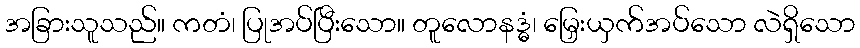
အခြားသူသည်။ ကတံ၊ ပြုအပ်ပြီးသော။ တူလောနဒ္ဓံ၊ မြှေးယှက်အပ်သော လဲရှိသော